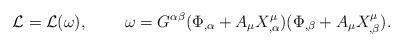
\begin{align*}{\cal L} = {\cal L} (\omega) ,\;\;\;\;\;\;\;\; \omega =G^{\alpha\beta} (\Phi_{,\alpha} +A_{\mu} X^{\mu}_{,\alpha}) (\Phi_{,\beta} + A_{\mu}X^{\mu}_{,\beta}).\end{align*}